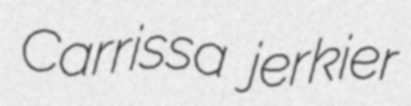
Carrissa jerkier